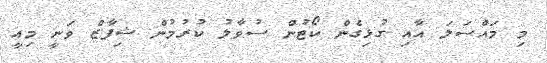
މި މައްސަލަ އާއި ގުޅިގެން ކޯޓުން ސުވާލު ކުރުމުން ޝިފާޒް ވަނީ މިއީ